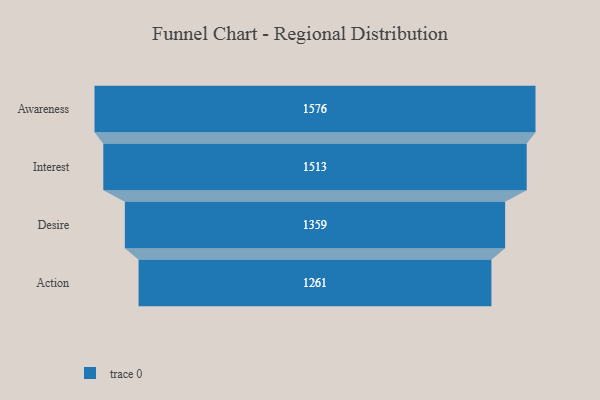
{"axis": {"x": "Stage", "y": "Value"}, "legend": [""], "data": [{"x": "Awareness", "y": 1576.0, "type": ""}, {"x": "Interest", "y": 1513.0, "type": ""}, {"x": "Desire", "y": 1359.0, "type": ""}, {"x": "Action", "y": 1261.0, "type": ""}]}